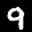
Label: 9